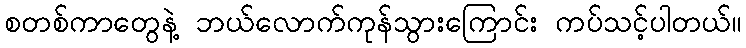
စတစ်ကာတွေနဲ့ ဘယ်လောက်ကုန်သွားကြောင်း ကပ်သင့်ပါတယ်။